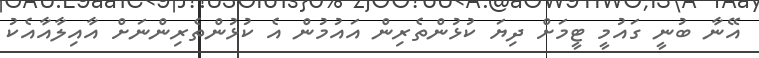
އޭނާ ބުނީ ގައުމީ ޓީމަށް ދިޔަ ކުޅުންތެރިން އައުމުން އެ ކުޅުންތެރިންނަށް އާއިލާއާއެކު